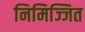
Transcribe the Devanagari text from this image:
निमिज्जित